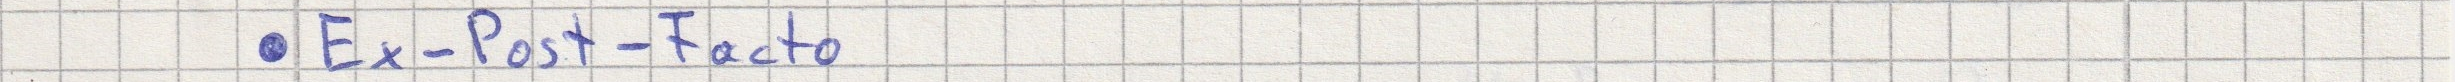
- Ex-Post-Facto